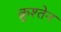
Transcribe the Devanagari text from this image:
क्रुश्तेन